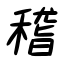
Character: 稽